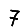
Digit: 7